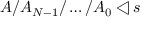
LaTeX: A / A _ { N - 1 } / \ldots / A _ { 0 } \triangleleft s